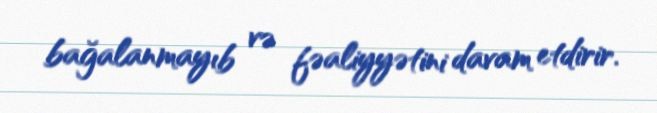
bağalanmayıb və fəaliyyətini davam etdirir.